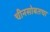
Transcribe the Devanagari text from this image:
चीनसोबतचा